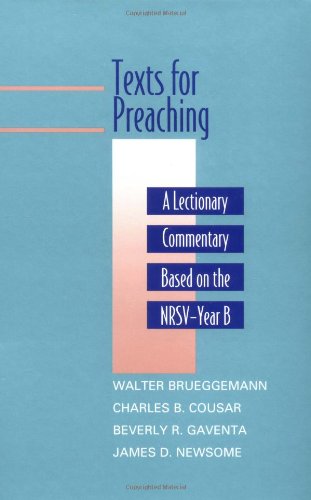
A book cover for Texts for Preaching: A Lectionary Commentary Based on the NRSV, Vol. 2: Year B; Christian Books & Bibles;